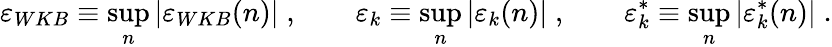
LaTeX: \varepsilon_{WKB}\equiv\operatorname*{sup}_{n}|\varepsilon_{WKB}(n)|\; ,\qquad\varepsilon_{k}\equiv\operatorname*{sup}_{n}|\varepsilon_{k}(n)|\; ,\qquad\varepsilon_{k}^{*}\equiv\operatorname*{sup}_{n}|\varepsilon_{k}^{*}(n)|\; .